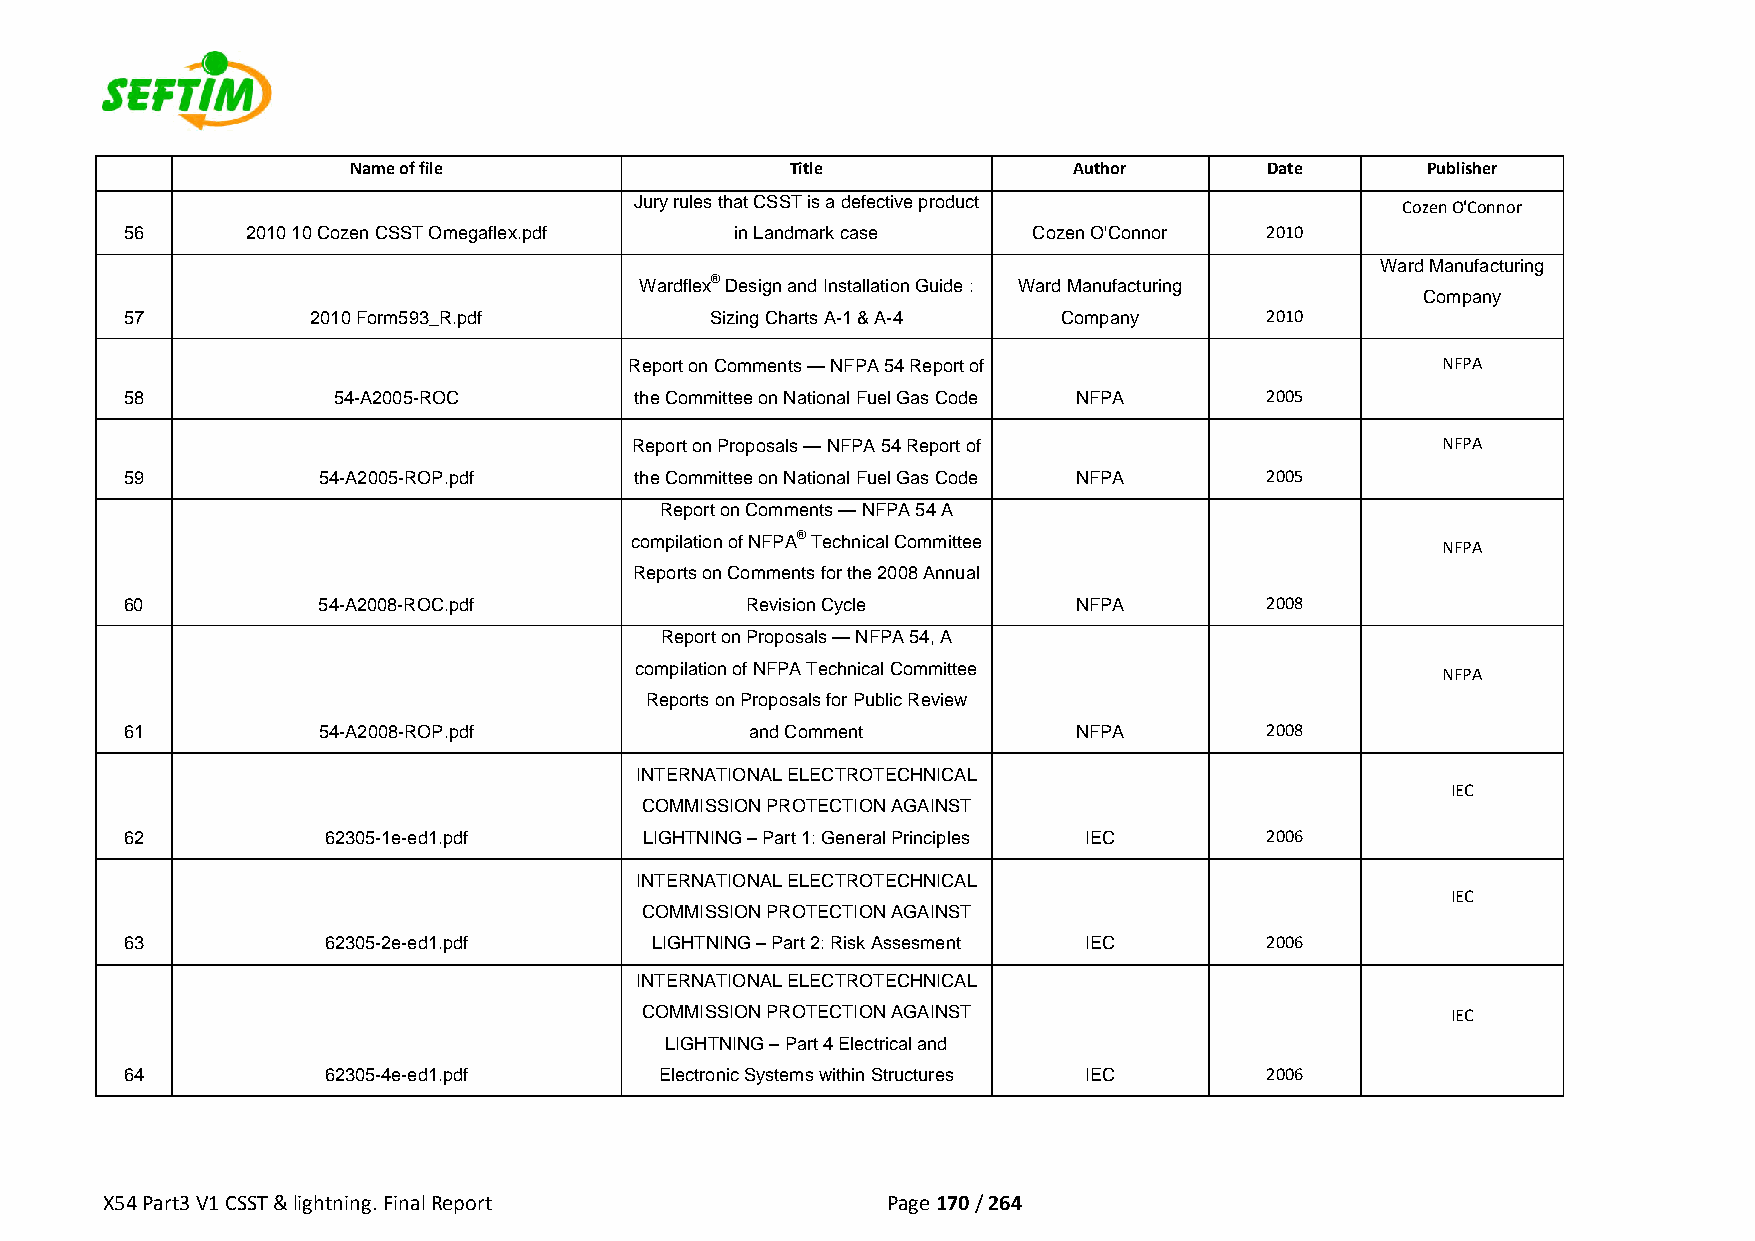
Name of file                 Title              Author       Date      Publisher
 Jury rules that CSST is a defective product        Cozen O'Connor
 56      2010 10 Cozen CSST Omegaflex.pdf in Landmark case   Cozen O'Connor  2010
 Ward Manufacturing
 Wardflex® Design and Installation Guide : Ward Manufacturing
 Company
 57           2010 Form593_R.pdf        Sizing Charts A-1 & A-4 Company      2010
 Report on Comments — NFPA 54 Report of               NFPA
 58            54-A2005-ROC        the Committee on National Fuel Gas Code NFPA 2005
 Report on Proposals — NFPA 54 Report of              NFPA
 59           54-A2005-ROP.pdf     the Committee on National Fuel Gas Code NFPA 2005
 Report on Comments — NFPA 54 A
 compilation of NFPA® Technical Committee             NFPA
 Reports on Comments for the 2008 Annual
 60           54-A2008-ROC.pdf            Revision Cycle        NFPA         2008
 Report on Proposals — NFPA 54, A
 compilation of NFPA Technical Committee              NFPA
 Reports on Proposals for Public Review
 61           54-A2008-ROP.pdf             and Comment          NFPA         2008
 INTERNATIONAL ELECTROTECHNICAL
 IEC
 COMMISSION PROTECTION AGAINST
 62           62305-1e-ed1.pdf      LIGHTNING – Part 1: General Principles IEC 2006
 INTERNATIONAL ELECTROTECHNICAL
 IEC
 COMMISSION PROTECTION AGAINST
 63           62305-2e-ed1.pdf      LIGHTNING – Part 2: Risk Assesment IEC   2006
 INTERNATIONAL ELECTROTECHNICAL
 COMMISSION PROTECTION AGAINST                         IEC
 LIGHTNING – Part 4 Electrical and
 64           62305-4e-ed1.pdf       Electronic Systems within Structures IEC 2006
 X54 Part3 V1 CSST & lightning. Final Report         Page 170 / 264